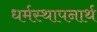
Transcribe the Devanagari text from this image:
धर्मस्थापनार्थ